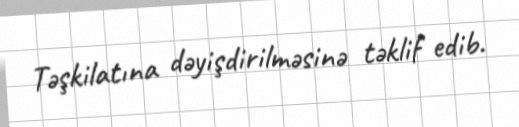
Təşkilatına dəyişdirilməsinə təklif edib.